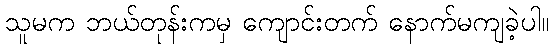
သူမက ဘယ်တုန်းကမှ ကျောင်းတက် နောက်မကျခဲ့ပါ။